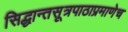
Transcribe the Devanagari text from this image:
सिद्धान्तसूत्रपाठाप्रमाणेच